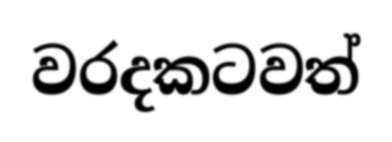
වරදකටවත්